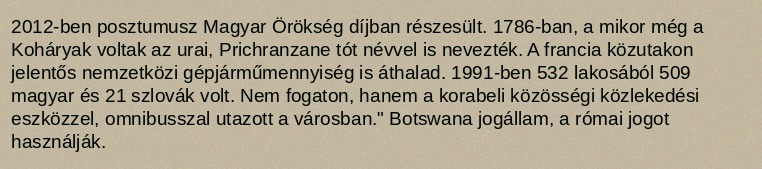
2012-ben posztumusz Magyar Örökség díjban részesült. 1786-ban, a mikor még a Koháryak voltak az urai, Prichranzane tót névvel is nevezték. A francia közutakon jelentős nemzetközi gépjárműmennyiség is áthalad. 1991-ben 532 lakosából 509 magyar és 21 szlovák volt. Nem fogaton, hanem a korabeli közösségi közlekedési eszközzel, omnibusszal utazott a városban." Botswana jogállam, a római jogot használják.